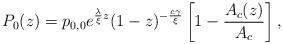
LaTeX: \begin{align*}P_{0}(z) = p_{0,0} e^{\frac{\lambda}{\xi}z} (1-z)^{-\frac{c\gamma}{\xi}} \left[ 1 - \dfrac{A_{c}(z)}{A_{c}} \right],\end{align*}